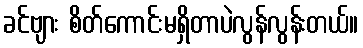
ခင်ဗျား စိတ်ကောင်းမရှိတာပဲလွန်လွန်းတယ်။